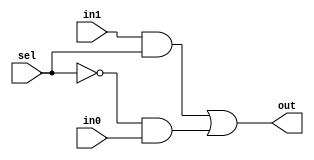
module mux2x1(out, sel, in0, in1);
	
	output out;
	input in0, in1, sel;
	wire [1:0] temp;
	wire not_sel;
	
	/* outputs in0 if the selection is 0 and
	in1 if selection is 1	*/
	
	and(temp[0], in1, sel);
	not(not_sel, sel);
	and(temp[1], not_sel, in0);
	
	or(out, temp[0], temp[1]);
	
endmodule